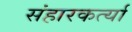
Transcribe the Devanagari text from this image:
संहारकर्त्या